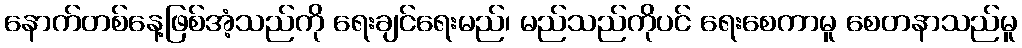
နောက်တစ်နေ့ဖြစ်အံ့သည်ကို ရေးချင်ရေးမည်၊ မည်သည်ကိုပင် ရေးစေကာမူ စေတနာသည်မူ